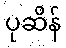
ပုဆိန်